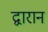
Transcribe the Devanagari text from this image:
द्वारान